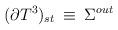
LaTeX: \begin{align*}(\partial T^3)_{st}\:\equiv\:\Sigma^{out}\end{align*}